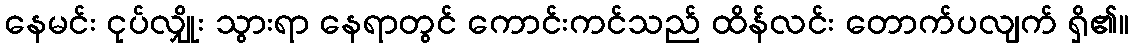
နေမင်း ငုပ်လျှိုး သွားရာ နေရာတွင် ကောင်းကင်သည် ထိန်လင်း တောက်ပလျက် ရှိ၏။